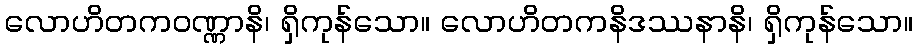
လောဟိတကဝဏ္ဏာနိ၊ ရှိကုန်သော။ လောဟိတကနိဒဿနာနိ၊ ရှိကုန်သော။